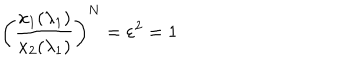
LaTeX: \left( \frac { x _ { 1 } ( \lambda _ { 1 } ) } { x _ { 2 } ( \lambda _ { 1 } ) } \right) ^ { N } = \varepsilon ^ { 2 } = 1